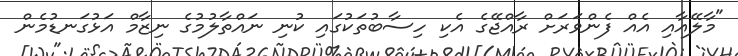
"މާލޭއާއި އެއް ފެންވަރަށް ރާއްޖޭގެ އެކި ހިސާބުތަކުގައި ކުނި ނައްތާލުމުގެ ނިޒާމް އަޅުގަނޑުމެން